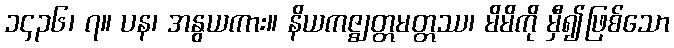
၁၄၃၆၊ ၇။ ပန၊ အနွယကား။ နိယကဇ္ဈတ္တမတ္တဿ၊ မိမိကို မှီ၍ဖြစ်သော